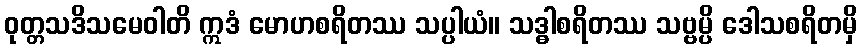
ဝုတ္တသဒိသမေဝါတိ ဣဒံ မောဟစရိတဿ သပ္ပါယံ။ သဒ္ဓါစရိတဿ သဗ္ဗမ္ပိ ဒေါသစရိတမှိ